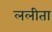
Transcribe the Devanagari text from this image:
ललीता